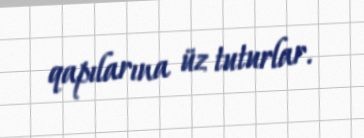
qapılarına üz tuturlar.